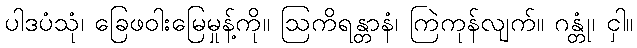
ပါဒပံသုံ၊ ခြေဖဝါးမြေမှုန့်ကို။ ဩကိရန္တာနံ၊ ကြဲကုန်လျက်။ ဂန္တုံ၊ ငှါ။